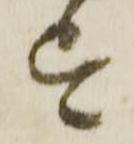
を